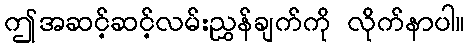
ဤအဆင့်ဆင့်လမ်းညွှန်ချက်ကို လိုက်နာပါ။